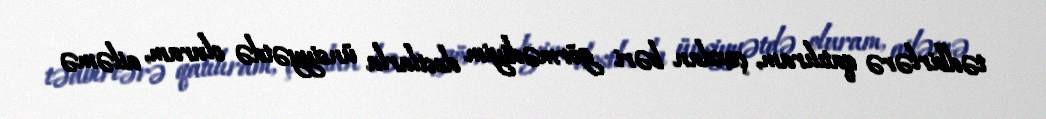
tədbirlərə qatılıram, çoxdan bəri görmədiyim dostlarla ünsiyyətdə oluram, ailəmə